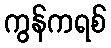
ကွန်ကရစ်